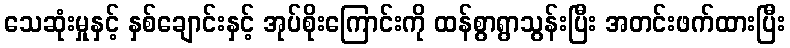
သေဆုံးမှုနှင့် နှစ်ချောင်းနှင့် အုပ်စိုးကြောင်းကို ထန်စွာရွာသွန်းပြီး အတင်းဖက်ထားပြီး